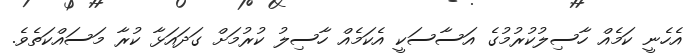
އެހެނީ ކަމެއް ހާސިލުކުރުމުގެ އަސާސަކީ އެކަމެއް ހާސިލު ކުރުމަށް ގަދައަޅާ ކުރާ މަސައްކަތެވެ.